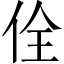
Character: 佺